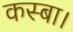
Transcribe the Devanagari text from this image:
कस्बा।